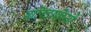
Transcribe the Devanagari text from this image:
बलिदानियों